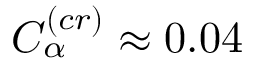
C _ { \alpha } ^ { ( c r ) } \approx 0 . 0 4